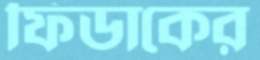
ফিডাকের